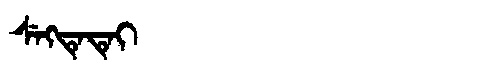
Manchu: ᠰᡝᡴᡨᡝᡨᡝᡳ
Romanization: SEKTETEI